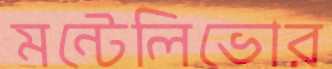
মন্টেলিভোর